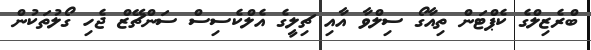
ބްރެޒިލްގެ ކެޕްޓަން ތިއާގޯ ސިލްވާ އާއި ޗިލީގެ އެލްކެސިސް ސަންޗޭޒް ޖެހި ގޯލުތަކުން